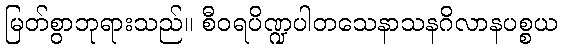
မြတ်စွာဘုရားသည်။ စီဝရပိဏ္ဍပါတသေနာသနဂိလာနပစ္စယ